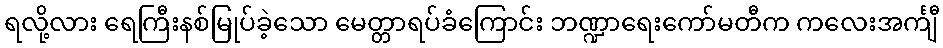
ရလို့လား ရေကြီးနစ်မြုပ်ခဲ့သော မေတ္တာရပ်ခံကြောင်း ဘဏ္ဍာရေးကော်မတီက ကလေးအင်္ကျီ